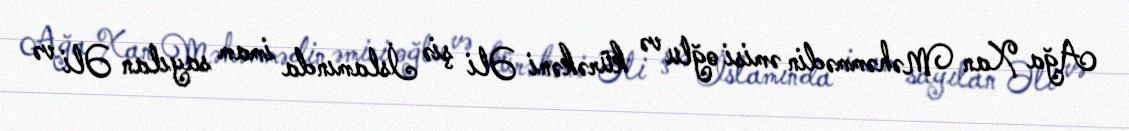
Ağa Xan Məhəmmədin əmisi oğlu və kürəkəni Əli şiə İslamında imam sayılan Əli və